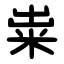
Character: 粜